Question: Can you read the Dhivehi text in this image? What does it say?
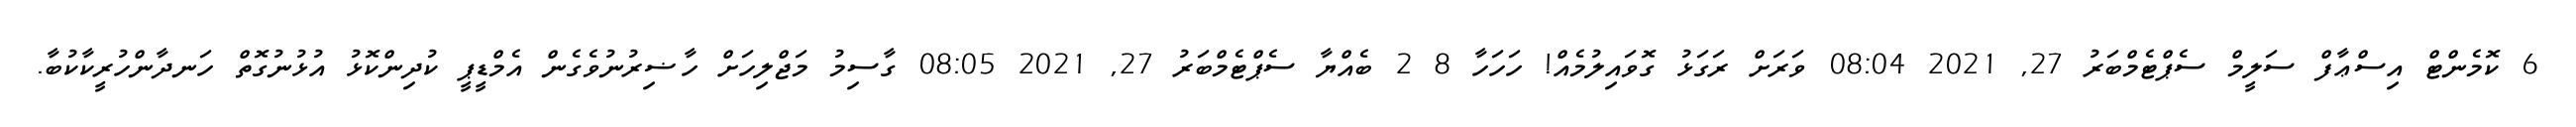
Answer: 6 ކޮމެންޓް އިސްޢާފް ސަލީމް ސެޕްޓެމްބަރު 27, 2021 08:04 ވަރަށް ރަގަޅު ގޮވައިލުމެއް! ހަހަހާ 8 2 ބެއްޔާ ސެޕްޓެމްބަރު 27, 2021 08:05 ގާސިމު މަޖްލިހަށް ހާޟިރުނުވެގެން އެމްޑީޕީ ކުދިންކޮޅު އުޅުނުގޮތް ހަނދާންހުރީކާކުބާ.